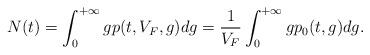
LaTeX: \begin{align*}N(t)=\int_{0}^{+\infty}gp(t,V_F,g)dg=\frac{1}{V_F}\int_{0}^{+\infty}gp_0(t,g)dg.\end{align*}